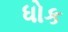
ધોક